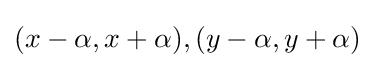
(x-\alpha ,x+\alpha ),(y-\alpha ,y+\alpha )